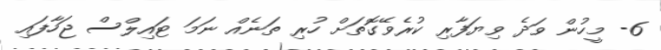
6- މީހުން ވަދެ ވިޔަފާރި ކުރެވޭގޮތަށް ހުރި ތަނެއް ނަމަ ޓައިލްސް ޖަހާފައި